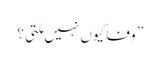
’’ وفا کیوں نہیں مِلتی؟